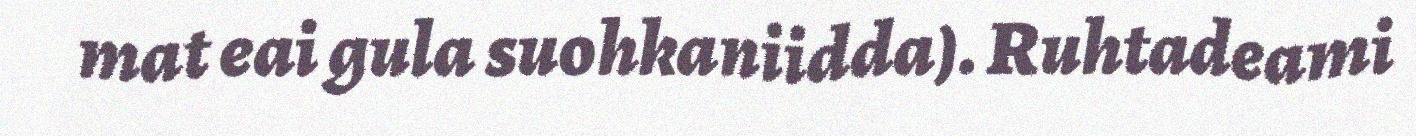
mat eai gula suohkaniidda). Ruhtadeami